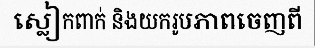
ស្លៀកពាក់ និងយករូបភាពចេញពី